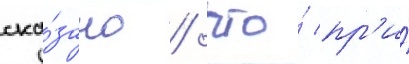
ска́зано / что́ пр'и́